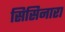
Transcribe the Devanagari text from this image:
सिसिनारा